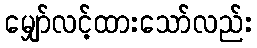
မျှော်လင့်ထားသော်လည်း